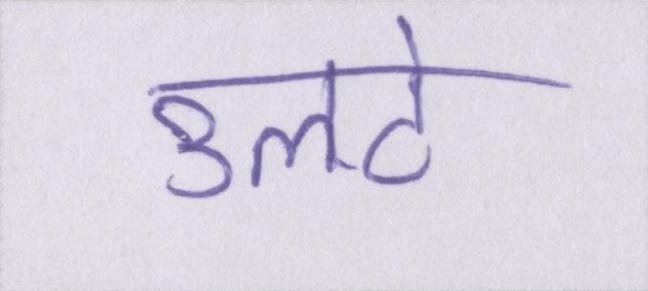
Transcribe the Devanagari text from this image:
उलटे